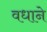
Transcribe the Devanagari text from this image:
वधाने